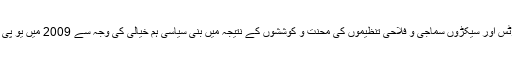
سپریم کورٹ میں چلے کئی مقدمے، تحقیقی رپورٹس اور سیکڑوں سماجی و فلاحی تنظیموں کی محنت و کوششوں کے نتیجہ میں بنی سیاسی ہم خیالی کی وجہ سے 2009 میں یو پی اے حکومت نے حق لازمی تعلیم کا قانون بنا دیا ۔